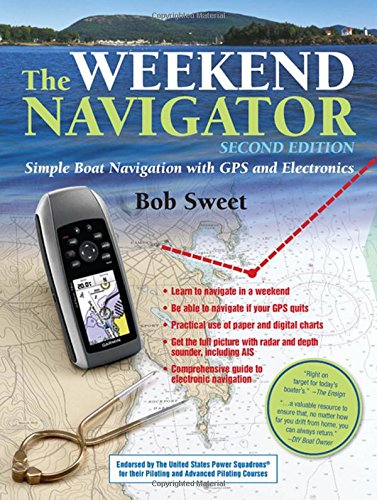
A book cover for The Weekend Navigator, 2nd Edition; Robert Sweet; Sports & Outdoors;